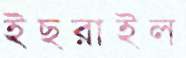
ইছরাইল